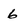
Character: 6